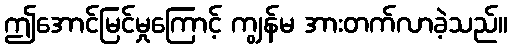
ဤအောင်မြင်မှုကြောင့် ကျွန်မ အားတက်လာခဲ့သည်။